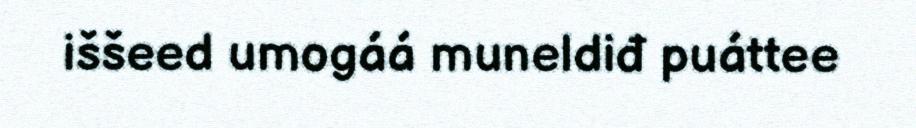
iššeed umogáá muneldiđ puáttee